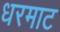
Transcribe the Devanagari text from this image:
धरमाट